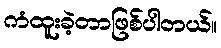
ကံထူးခဲ့တာဖြစ်ပါတယ်။